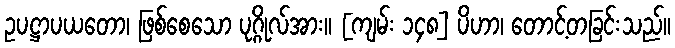
ဥပဋ္ဌာပယတော၊ ဖြစ်စေသော ပုဂ္ဂိုလ်အား။ [ကျမ်း ၁၄၈] ပိဟာ၊ တောင့်တခြင်းသည်။